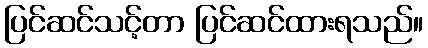
ပြင်ဆင်သင့်တာ ပြင်ဆင်ထားရသည်။